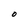
Character: O